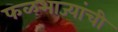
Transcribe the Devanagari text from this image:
फळभाज्यांची